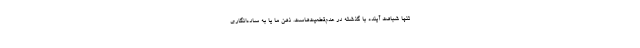
تنها شباهت آینده با گذشته در عدم‌قطعیت‌هاست. ذهن ما یا به ساده‌انگاری